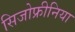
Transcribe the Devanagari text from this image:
सिजोफ्रीनिया